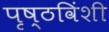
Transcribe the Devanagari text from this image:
पृष्ठविंशी